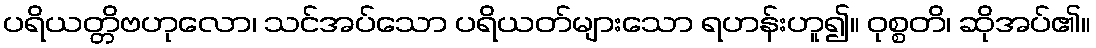
ပရိယတ္တိဗဟုလော၊ သင်အပ်သော ပရိယတ်များသော ရဟန်းဟူ၍။ ဝုစ္စတိ၊ ဆိုအပ်၏။